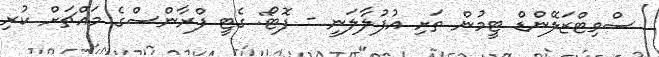
ސްވިޓްޒަލޭންޑް ޓީމުން ތަށި އުފުލާލަނީ - ފޮޓޯ: ގެޓީ ފްރާންސްގެ މައްޗަށް ކުރި